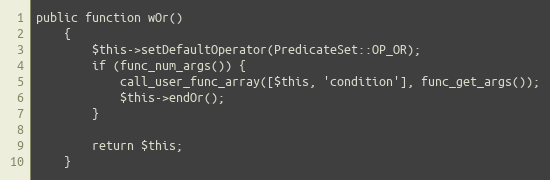
Language: PHP
public function wOr()
    {
        $this->setDefaultOperator(PredicateSet::OP_OR);
        if (func_num_args()) {
            call_user_func_array([$this, 'condition'], func_get_args());
            $this->endOr();
        }

        return $this;
    }